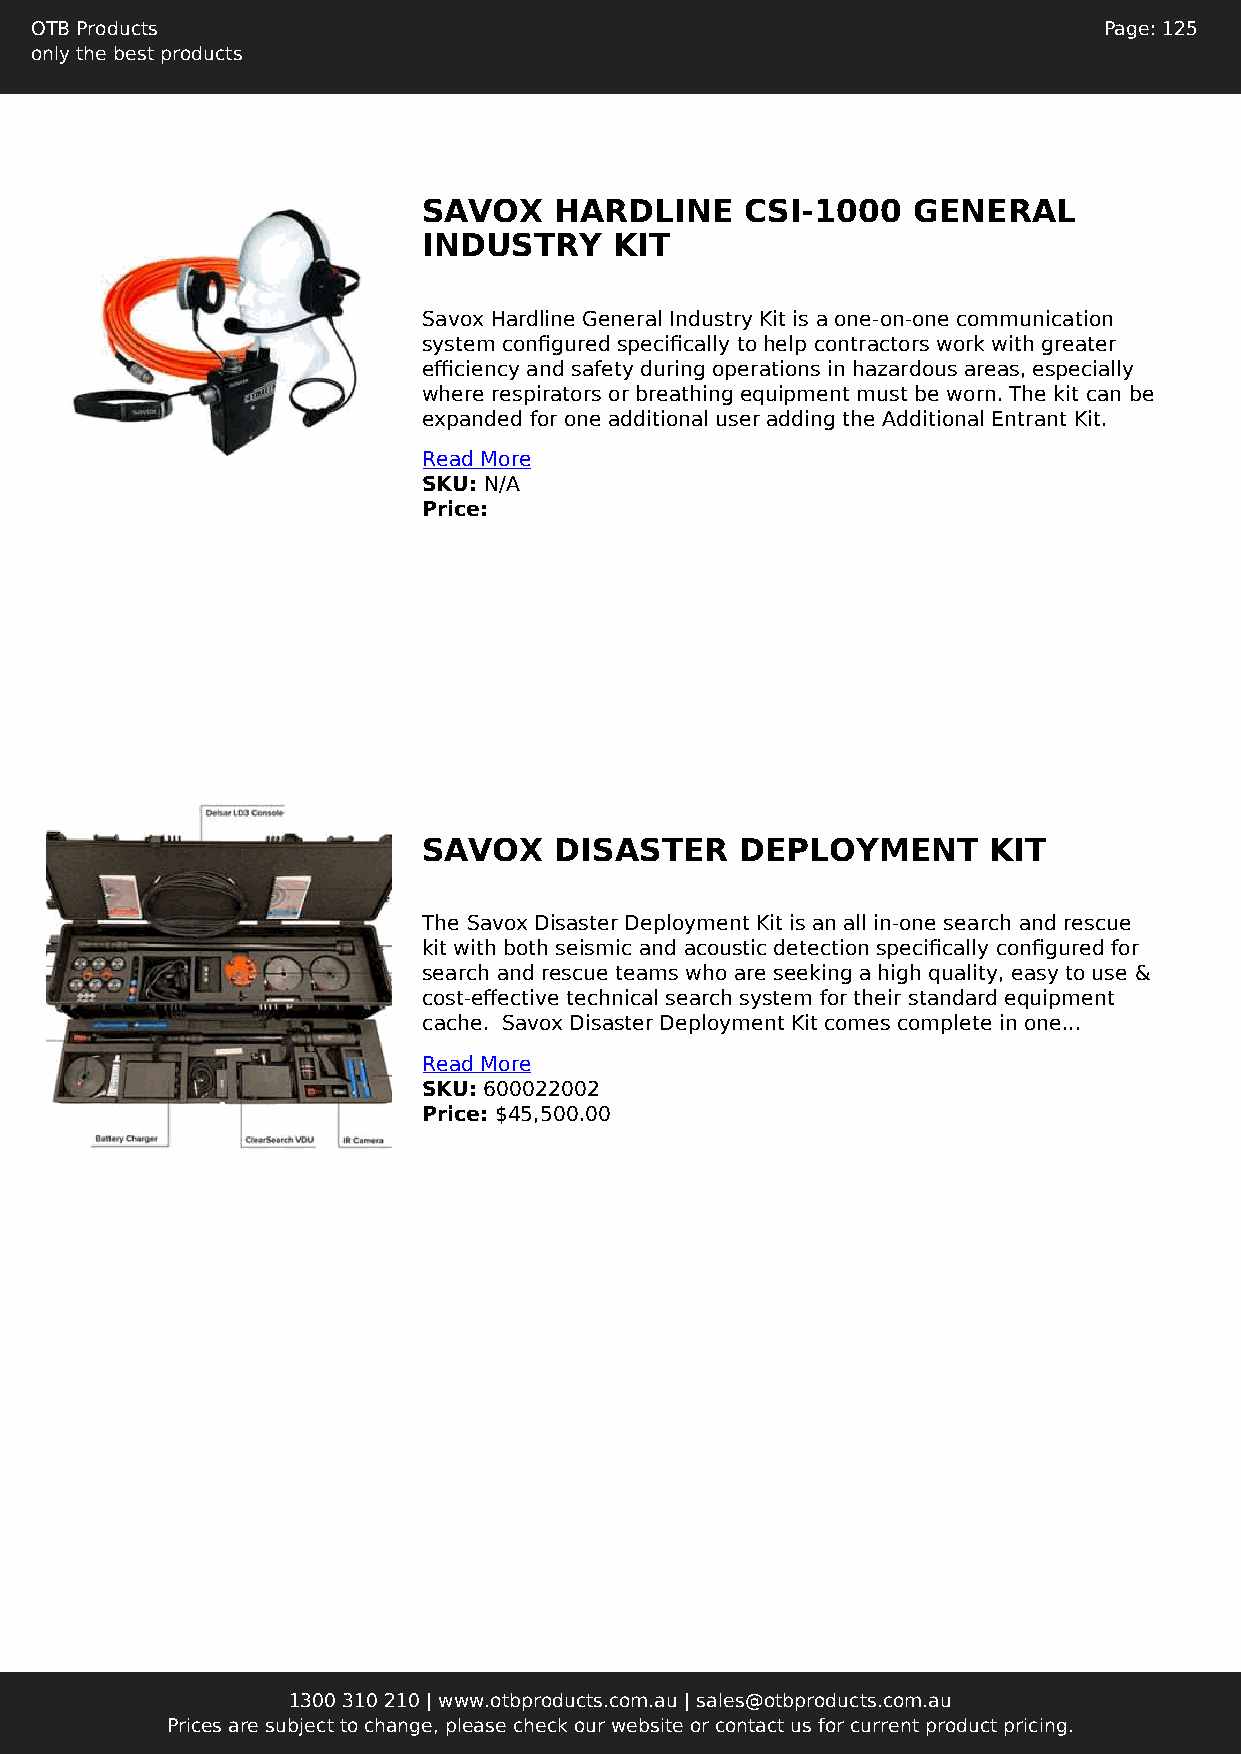
OTB Products                                                           Page: 125
 only the best products
 SAVOX    HARDLINE    CSI-1000   GENERAL
 INDUSTRY     KIT
 Savox Hardline General Industry Kit is a one-on-one communication
 system configured specifically to help contractors work with greater
 efficiency and safety during operations in hazardous areas, especially
 where respirators or breathing equipment must be worn. The kit can be
 expanded for one additional user adding the Additional Entrant Kit.
 Read More
 SKU: N/A
 Price:
 SAVOX    DISASTER    DEPLOYMENT      KIT
 The Savox Disaster Deployment Kit is an all in-one search and rescue
 kit with both seismic and acoustic detection specifically configured for
 search and rescue teams who are seeking a high quality, easy to use &
 cost-effective technical search system for their standard equipment
 cache. Savox Disaster Deployment Kit comes complete in one...
 Read More
 SKU: 600022002
 Price: $45,500.00
 1300 310 210 | www.otbproducts.com.au | sales@otbproducts.com.au
 Prices are subject to change, please check our website or contact us for current product pricing.